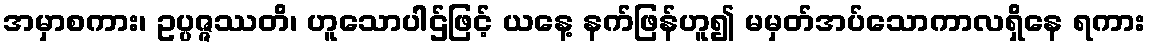
အမှာစကား၊ ဥပ္ပဇ္ဇဿတိ၊ ဟူသောပါဌ်ဖြင့် ယနေ့ နက်ဖြန်ဟူ၍ မမှတ်အပ်သောကာလရှိနေ ရကား